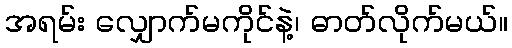
အရမ်း လျှောက်မကိုင်နဲ့၊ ဓာတ်လိုက်မယ်။